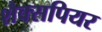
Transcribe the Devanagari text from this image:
शैक्सपियर